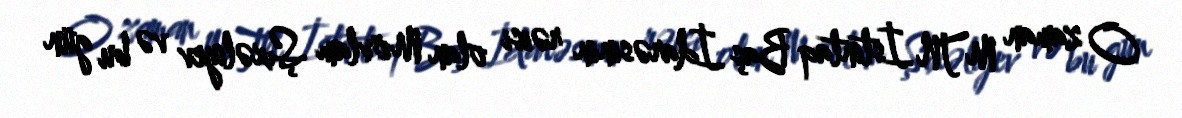
O zaman MTN İstintaq Baş İdarəsinin rəisi olan Mövlam Şıxəliyev və bu gün